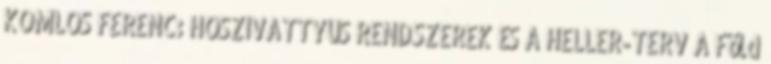
KOMLÓS FERENC: HŐSZIVATTYÚS RENDSZEREK ÉS A HELLER-TERV A Föld